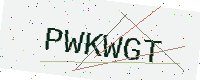
Text: PWKWGT